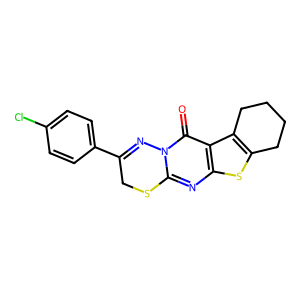
SMILES: O=c1c2c3c(sc2nc2n1N=C(c1ccc(Cl)cc1)CS2)CCCC3
Inhibits HIV replication: No